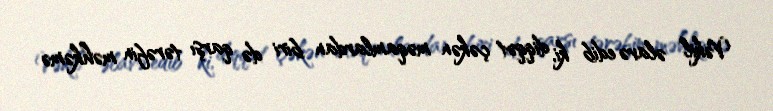
Vəkil əlavə edib ki, diqqət çəkən məqamlardan biri də qarşı tərəfin məhkəmə